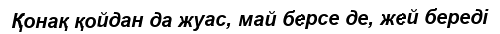
Қонақ қойдан да жуас, май берсе де, жей береді